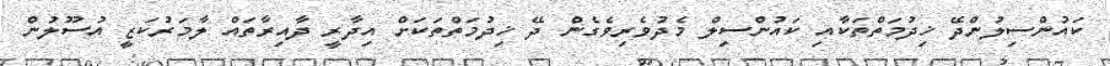
ކައުންސިލުންދޭ ޚިދުމަތްތަކާއި ކައުންސިލް މެދުވެރިވެގެން ދޭ ޚިދުމަތްތަކަށް އިދާރީ ދާއިރާތައް ލާމަރުކަޒީ އުސޫލުން